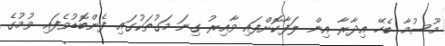
މޫސުމާ ބެހޭ އިދާރާ އިން ލަފާކޮށްފައި ވާއިރު ގިނަ މަގުތަކުގައި ފެންބޮޑުވެފައި ވުމުގެ